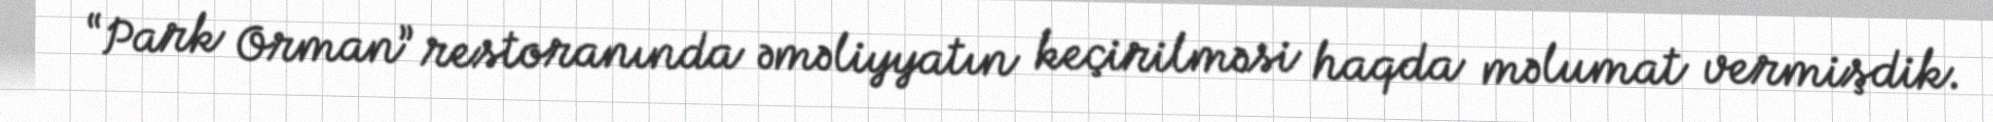
“Park Orman” restoranında əməliyyatın keçirilməsi haqda məlumat vermişdik.